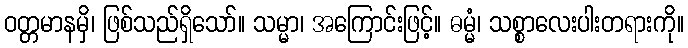
ဝတ္တမာနမှိ၊ ဖြစ်သည်ရှိသော်။ သမ္မာ၊ အကြောင်းဖြင့်။ ဓမ္မံ၊ သစ္စာလေးပါးတရားကို။